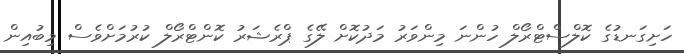
ހަށިގަނޑުގެ ކޮލްސްޓްރޯލް ހުންނަ މިންވަރު މަދުކޮށް ލޭގެ ޕްރެޝަރު ކޮންޓްރޯލް ކުރުމަށްވެސް މިބުއިން